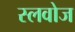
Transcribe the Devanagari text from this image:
स्लवोज